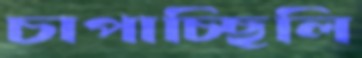
চাপাচ্ছিলি